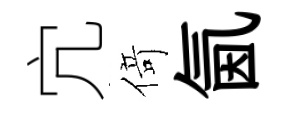
宂𠋣氤